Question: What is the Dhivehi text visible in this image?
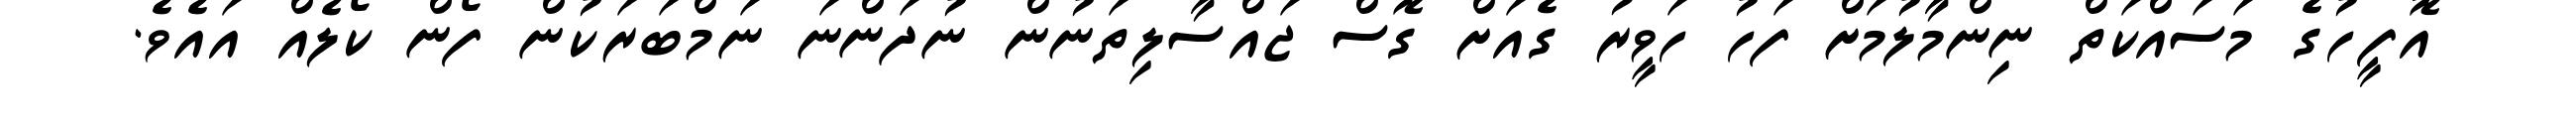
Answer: އޮފީހުގެ މަސައްކަތް ނިންމާލުމަށް ފަހު ހަވީރު ގެއަށް ގޮސް ޖައްސާލިތަނުން ނުދަންނަ ނަމްބަރަކުން ފޯން ކޯލެއް އައެވެ.